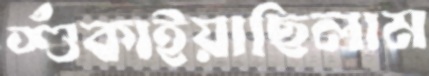
শুঁকাইয়াছিলাম